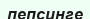
пепсинге